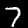
Label: 7